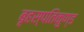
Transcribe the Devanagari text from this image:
बृहस्पतिकुण्ड